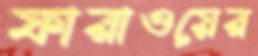
ফারাওয়ের